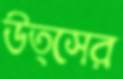
উত্সের